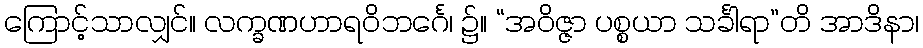
ကြောင့်သာလျှင်။ လက္ခဏဟာရဝိဘင်္ဂေ၊ ၌။ “အဝိဇ္ဇာ ပစ္စယာ သင်္ခါရာ”တိ အာဒိနာ၊